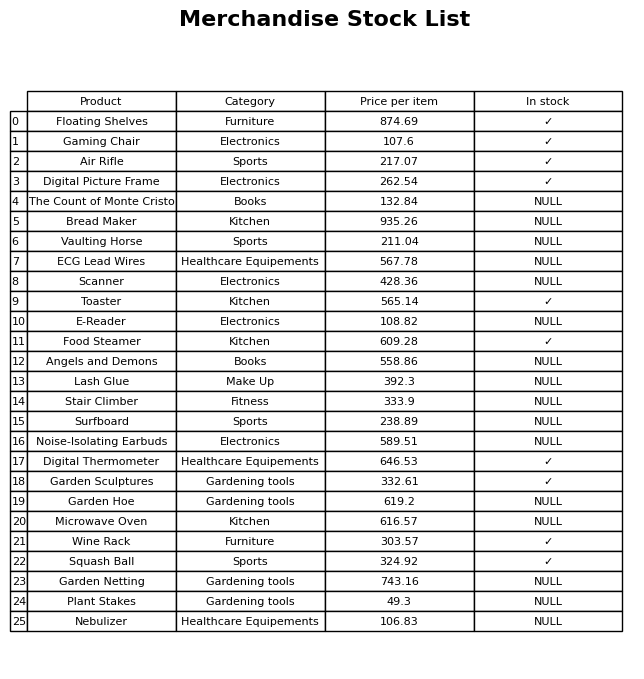
question: What is the price of the E-Reader?
answer: The price of E-Reader is 108.82.